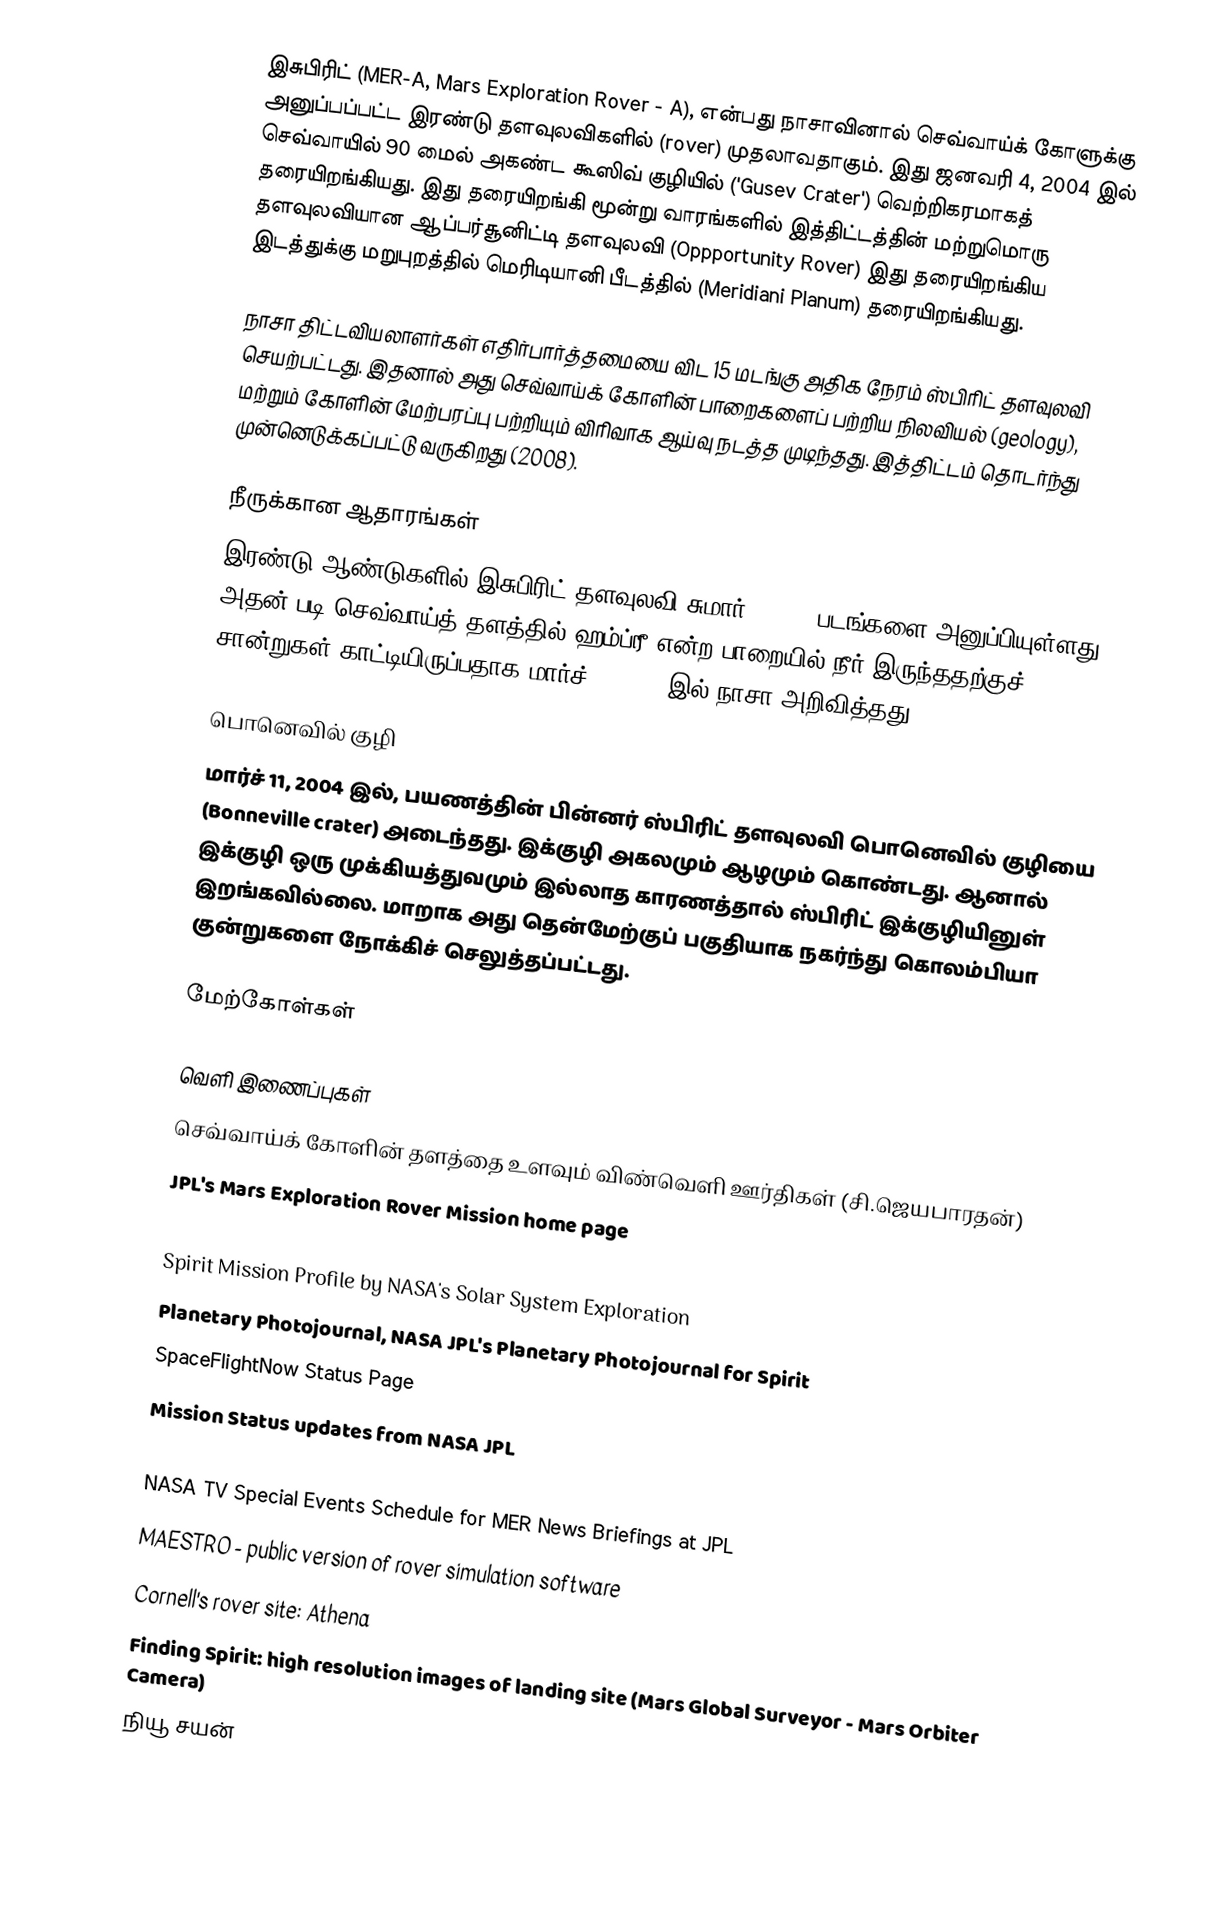
இசுபிரிட் (MER-A, Mars Exploration Rover - A), என்பது நாசாவினால் செவ்வாய்க் கோளுக்கு அனுப்பப்பட்ட இரண்டு தளவுலவிகளில் (rover) முதலாவதாகும். இது ஜனவரி 4, 2004 இல் செவ்வாயில் 90 மைல் அகண்ட கூஸிவ் குழியில் ('Gusev Crater') வெற்றிகரமாகத் தரையிறங்கியது. இது தரையிறங்கி மூன்று வாரங்களில் இத்திட்டத்தின் மற்றுமொரு தளவுலவியான ஆப்பர்சூனிட்டி தளவுலவி (Oppportunity Rover) இது தரையிறங்கிய இடத்துக்கு மறுபுறத்தில் மெரிடியானி பீடத்தில் (Meridiani Planum) தரையிறங்கியது.

நாசா திட்டவியலாளர்கள் எதிர்பார்த்தமையை விட 15 மடங்கு அதிக நேரம் ஸ்பிரிட் தளவுலவி செயற்பட்டது. இதனால் அது செவ்வாய்க் கோளின் பாறைகளைப் பற்றிய நிலவியல் (geology), மற்றும் கோளின் மேற்பரப்பு பற்றியும் விரிவாக ஆய்வு நடத்த முடிந்தது. இத்திட்டம் தொடர்ந்து முன்னெடுக்கப்பட்டு வருகிறது (2008).

நீருக்கான ஆதாரங்கள்
இரண்டு ஆண்டுகளில் இசுபிரிட் தளவுலவி சுமார் 70,000 படங்களை அனுப்பியுள்ளது. அதன் படி செவ்வாய்த் தளத்தில் ஹம்ப்ரீ என்ற பாறையில் நீர் இருந்ததற்குச் சான்றுகள் காட்டியிருப்பதாக மார்ச் 5, 2004 இல் நாசா அறிவித்தது.

பொனெவில் குழி
மார்ச் 11, 2004 இல்,  பயணத்தின் பின்னர் ஸ்பிரிட் தளவுலவி பொனெவில் குழியை (Bonneville crater) அடைந்தது. இக்குழி  அகலமும்  ஆழமும் கொண்டது. ஆனால் இக்குழி ஒரு முக்கியத்துவமும் இல்லாத காரணத்தால் ஸ்பிரிட் இக்குழியினுள் இறங்கவில்லை. மாறாக அது தென்மேற்குப் பகுதியாக நகர்ந்து கொலம்பியா குன்றுகளை நோக்கிச் செலுத்தப்பட்டது.

மேற்கோள்கள்

வெளி இணைப்புகள்
 செவ்வாய்க் கோளின் தளத்தை உளவும் விண்வெளி ஊர்திகள் (சி.ஜெயபாரதன்)
 JPL's Mars Exploration Rover Mission home page
 (obsolete JPL Mars Exploration Rover home page)
 Spirit Mission Profile  by NASA's Solar System Exploration
 Planetary Photojournal, NASA JPL's Planetary Photojournal for Spirit
 SpaceFlightNow Status Page
 Mission Status updates from NASA JPL
 Marsbase.net, a site that tracks time on Mars.
 NASA TV Special Events Schedule for MER News Briefings at JPL
 MAESTRO - public version of rover simulation software
 Cornell's rover site: Athena
 Finding Spirit: high resolution images of landing site (Mars Global Surveyor - Mars Orbiter Camera)
 நியூ சயன்